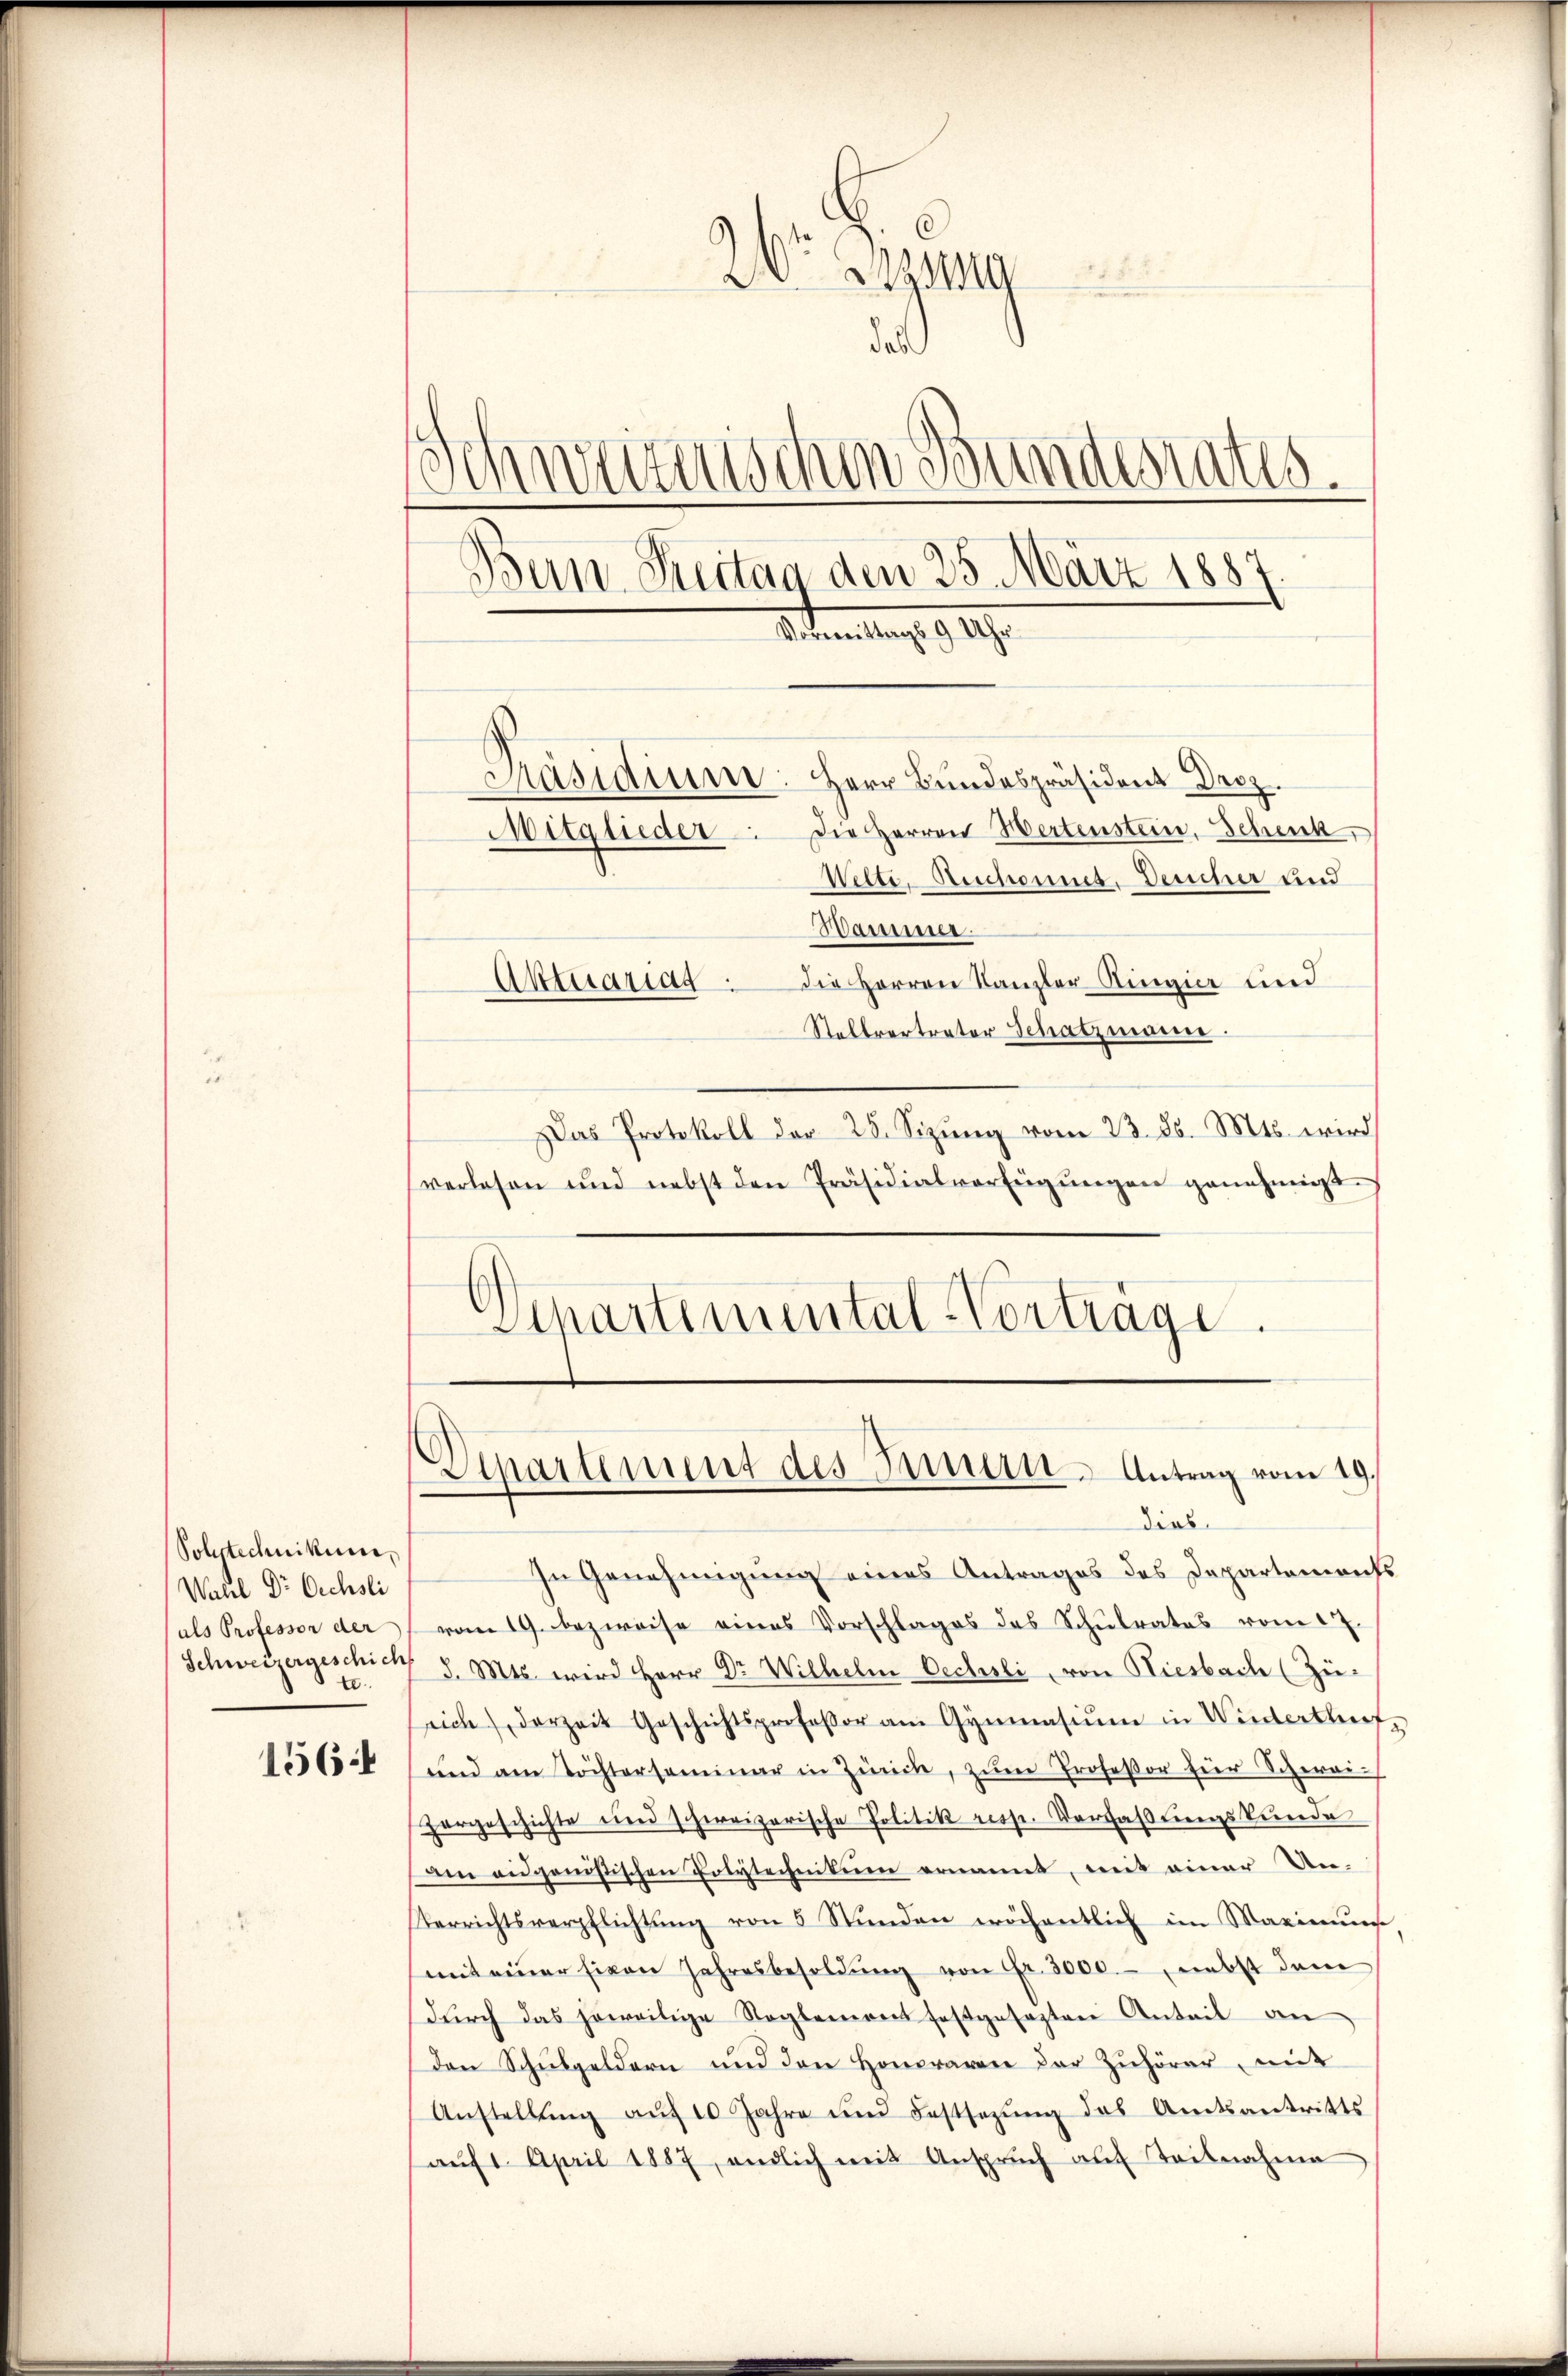
Solytechnikum
Wahl Dr Oechsli
als Professor der
t.
156

26 Bezug
das
Schweizerischen Bundesrates.
Bern. Reitag den 25. März 1887
Untretung 1919.

Präsidium: Herr Bundespräsident Droz.
Die Herren Hertenstein, Schenk,
Welti, Beschonnes. Deucher und
Bamner.
Aktuartag die Herren Kanzler-Ringier und
Stellvertreter Schatzmann.
Das Protokoll der 28. Sizŭng vom 23. ds. Mts. wird
verlesen und nebst den Präsidialverfügŭngen genehmigt.
)
Apartemental-Vorträge.

Mitglieder

Departement des Inn- Antrag vom 19.
dies

In Genehmigung eines Antrages des Departements
vom 19. bezweise eines Vorschlages des Schulrates vom 17.
Schweizergeschicht d. Mts. wird Herr Dr. Wilhelm Oechsli, von Riesbach (Zü-
rich) derzeit Geschichtsprofessor am Gymnasium in Wiederthufe
und am Töchterseminar in Zürich, zŭm Professor für Schweihargeschichte und schweizerische Politik resp. Verfaßungskunde
am eidgenössischen Polytechnikum ernannt, mit einer Un-
Verrichtsverpflichtung von 5 Stunden wöchentlich im Maximung
mit einer Eigen Jahresbesoldŭng von Fr. 3000.- nebst dem
dŭrch das jeweilige Reglement festgesezten Anteil an
den Schulgeldern und den Honoraren der Zuhörer, mit
Anstellŭng aŭf 10 Jahre und Festsezŭng das Amtsantritts
aŭf 1. April 1887, endlich mit Ansprŭch auf Teilnahme